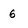
Character: 6